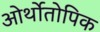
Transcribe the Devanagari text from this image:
ओर्थोतोपिक